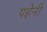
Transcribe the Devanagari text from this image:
पहेनी